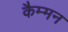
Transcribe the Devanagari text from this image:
कैम्मन